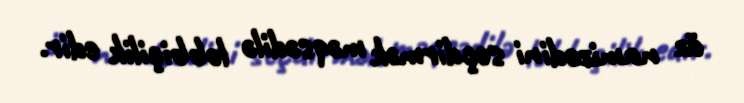
öz namizədini seçdirmək məqsədilə lobbiçilik edir.